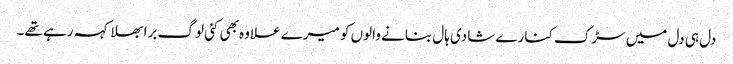
دل ہی دل میں سڑک کنارے شادی ہال بنانے والوں کو میرے علاوہ بھی کئی لوگ برا بھلا کہہ رہے تھے۔